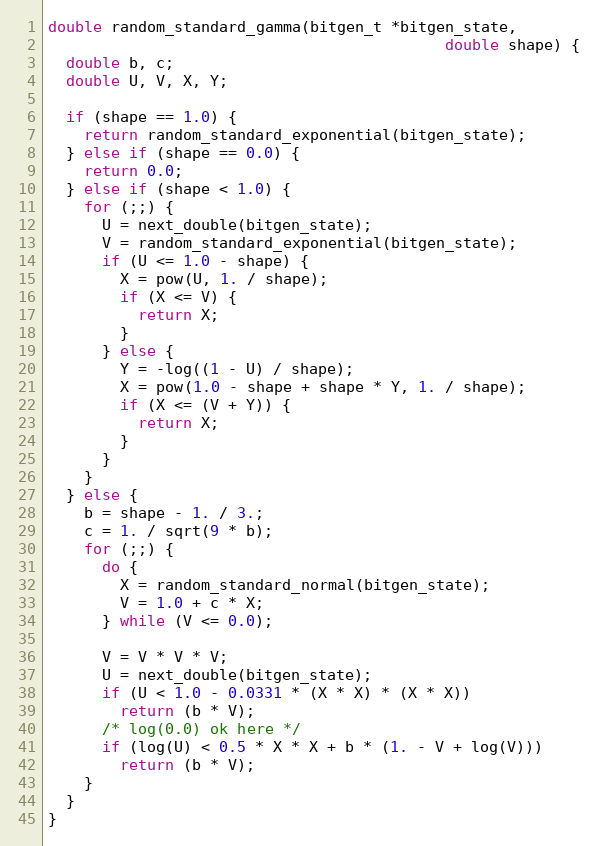
Language: C
double random_standard_gamma(bitgen_t *bitgen_state,
                                            double shape) {
  double b, c;
  double U, V, X, Y;

  if (shape == 1.0) {
    return random_standard_exponential(bitgen_state);
  } else if (shape == 0.0) {
    return 0.0;
  } else if (shape < 1.0) {
    for (;;) {
      U = next_double(bitgen_state);
      V = random_standard_exponential(bitgen_state);
      if (U <= 1.0 - shape) {
        X = pow(U, 1. / shape);
        if (X <= V) {
          return X;
        }
      } else {
        Y = -log((1 - U) / shape);
        X = pow(1.0 - shape + shape * Y, 1. / shape);
        if (X <= (V + Y)) {
          return X;
        }
      }
    }
  } else {
    b = shape - 1. / 3.;
    c = 1. / sqrt(9 * b);
    for (;;) {
      do {
        X = random_standard_normal(bitgen_state);
        V = 1.0 + c * X;
      } while (V <= 0.0);

      V = V * V * V;
      U = next_double(bitgen_state);
      if (U < 1.0 - 0.0331 * (X * X) * (X * X))
        return (b * V);
      /* log(0.0) ok here */
      if (log(U) < 0.5 * X * X + b * (1. - V + log(V)))
        return (b * V);
    }
  }
}